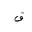
Letter: _qaf